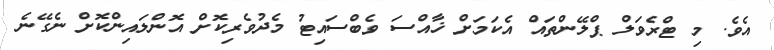
އެވެ. މި ޓްރެވަލް ޕްލޭންތައް އެކަމަށް ޚާއްސަ ވެބްސައިޓު މެދުވެރިކޮށް އޮންލައިންކޮށް ނެގޭނެ